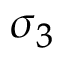
\sigma _ { 3 }